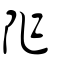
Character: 阼